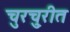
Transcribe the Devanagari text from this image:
चुरचु्रीत